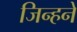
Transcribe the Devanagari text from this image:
जिन्हने